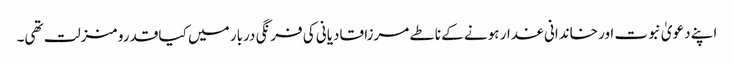
اپنے دعویٰ نبوت اور خاندانی غدار ہونے کے ناطے مرزا قادیانی کی فرنگی دربار میں کیا قدرو منزلت تھی۔